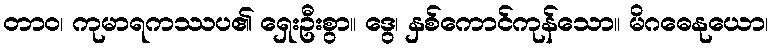
တာဝ၊ ကုမာရကဿပ၏ ရှေးဦးစွာ။ ဒွေ၊ နှစ်ကောင်ကုန်သော။ မိဂဓေနုယော၊